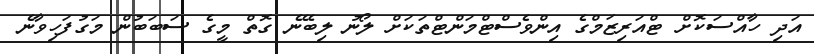
އަދި ހާއްސަކޮށް ޓްއަރިޒަމްގެ އިންވެސްޓްމަންޓްތަކަށް ލޯނު ލިބޭނެ ގޮތް މީގެ ސަބަބުން މަގުފަހިވާނެ